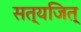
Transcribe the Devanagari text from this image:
सत्यजित्